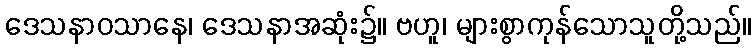
ဒေသနာဝသာနေ၊ ဒေသနာအဆုံး၌။ ဗဟူ၊ များစွာကုန်သောသူတို့သည်။